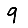
Digit: 9